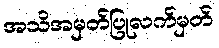
အသိအမှတ်ပြုလက်မှတ်